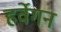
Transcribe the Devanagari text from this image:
हर्वेगन